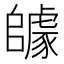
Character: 𨼽